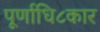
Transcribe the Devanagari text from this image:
पूर्णाधि८कार